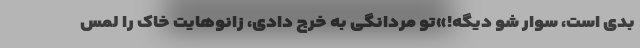
بدی است، سوار شو دیگه!»تو مردانگی به خرج دادی، زانوهایت خاک را لمس